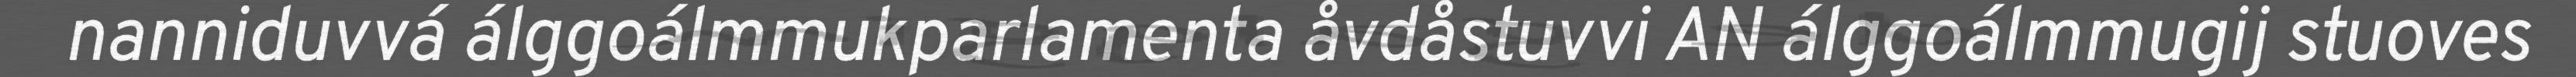
nanniduvvá álggoálmmukparlamenta åvdåstuvvi AN álggoálmmugij stuoves